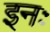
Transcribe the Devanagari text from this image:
इनः